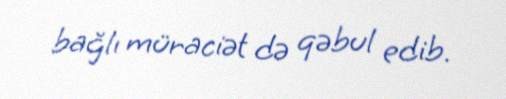
bağlı müraciət də qəbul edib.